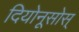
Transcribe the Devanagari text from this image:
दियोनूसोस्